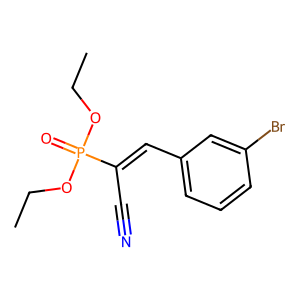
SMILES: CCOP(=O)(OCC)C(C#N)=Cc1cccc(Br)c1
Inhibits HIV replication: No